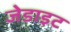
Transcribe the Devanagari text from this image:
जेडाइट